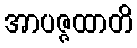
အာပဇ္ဇထာတိ